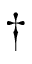
\dag